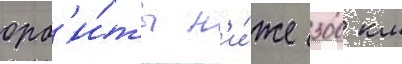
орб'и́ты н'и́же 300 км